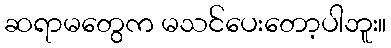
ဆရာမတွေက မသင်ပေးတော့ပါဘူး။